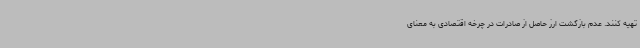
تهیه کنند. عدم بازگشت ارز حاصل از صادرات در چرخه اقتصادی به معنای